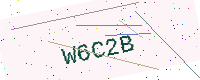
Text: W6C2B